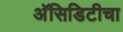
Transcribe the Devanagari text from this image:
अॅसिडिटीचा